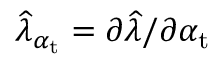
\widehat { \lambda } _ { \alpha _ { \mathrm { t } } } = \partial \widehat { \lambda } / \partial \alpha _ { \mathrm { t } }